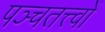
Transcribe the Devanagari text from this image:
पञ्चतत्त्वों